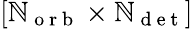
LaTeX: [{\mathbb{N}_{\mathrm{{~o~r~b~}}}}\times{\mathbb{N}_{\mathrm{{~d~e~t~}}}}]